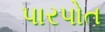
પારપોત